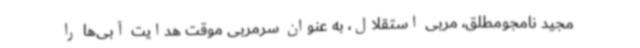
مجید نامجومطلق، مربی استقلال، به عنوان سرمربی موقت هدایت آبی‌ها را